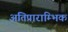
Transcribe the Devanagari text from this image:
अतिप्राराम्भिक